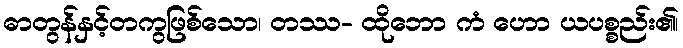
ဓာတွန်နှင့်တကွဖြစ်သော၊ တဿ- ထိုဘော ကံ ဟော ယပစ္စည်း၏၊